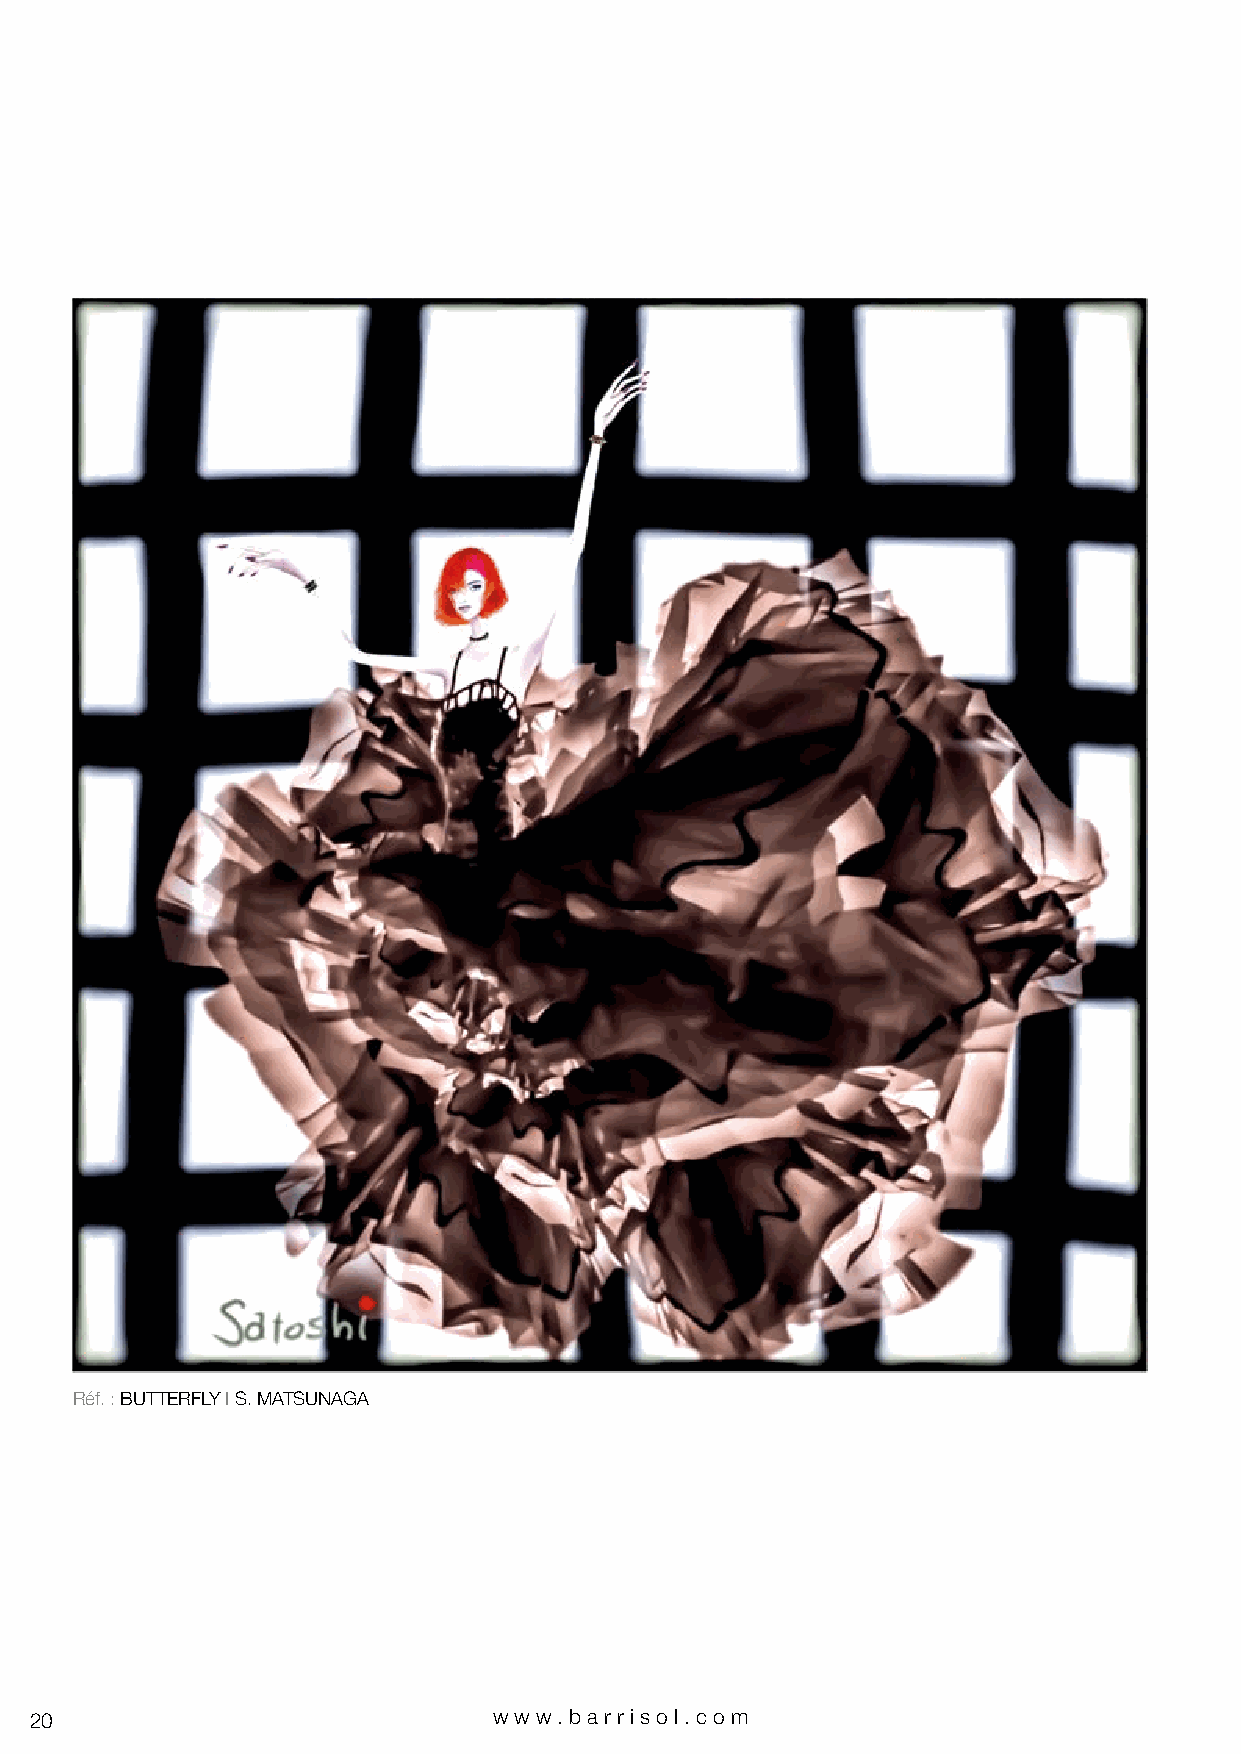
Réf. : BUTTERFLY I S. MATSUNAGA
 20                             www.bar riso l. com